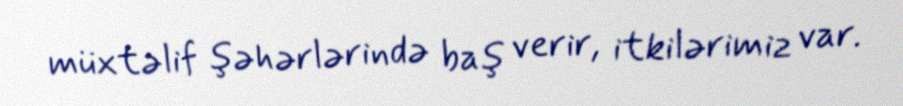
müxtəlif şəhərlərində baş verir, itkilərimiz var.